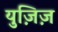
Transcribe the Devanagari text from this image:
युज़िज़